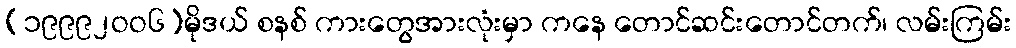
(၁၉၉၉၂ဝဝ၆)မိုဒယ် စနစ် ကားတွေအားလုံးမှာ ကနေ တောင်ဆင်းတောင်တက်၊ လမ်းကြမ်း